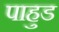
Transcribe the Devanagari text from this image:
पाहुड